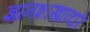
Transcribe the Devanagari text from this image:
ज्ञानशाखाव्दारे